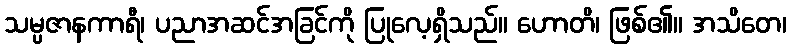
သမ္ပဇာနကာရီ၊ ပညာအဆင်အခြင်ကို ပြုလေ့ရှိသည်။ ဟောတိ၊ ဖြစ်၏။ အသိတေ၊